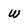
Character: w